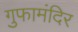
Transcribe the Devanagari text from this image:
गुफामंदिर